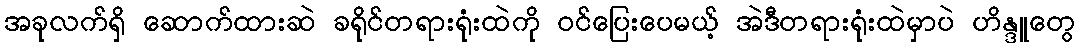
အခုလက်ရှိ ဆောက်ထားဆဲ ခရိုင်တရားရုံးထဲကို ဝင်ပြေးပေမယ့် အဲဒီတရားရုံးထဲမှာပဲ ဟိန္ဒူတွေ